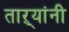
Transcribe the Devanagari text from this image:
ताऱ्यांनी